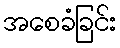
အစေခံခြင်း